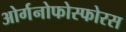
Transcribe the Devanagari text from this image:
ओर्गनोफोस्फोरस